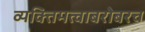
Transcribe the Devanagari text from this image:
व्यक्तिमत्वाबरोबरच